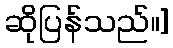
ဆိုပြန်သည်။]